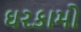
ઘરકામો